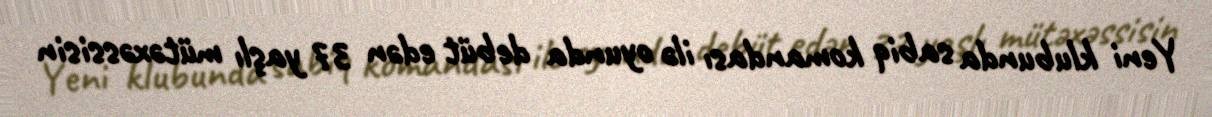
Yeni klubunda sabiq komandası ilə oyunda debüt edən 37 yaşlı mütəxəssisin